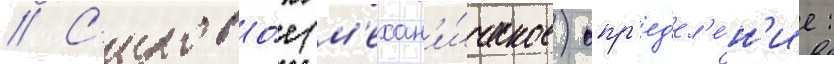
// С'илово́е (м'ехан'и́ческое) опр'ед'ел'е́н'ие: